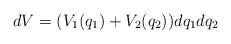
LaTeX: \begin{align*}dV = (V_{1}(q_{1}) + V_{2}(q_{2}))dq_{1}dq_{2}\end{align*}